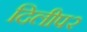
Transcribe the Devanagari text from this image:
दिलीप२